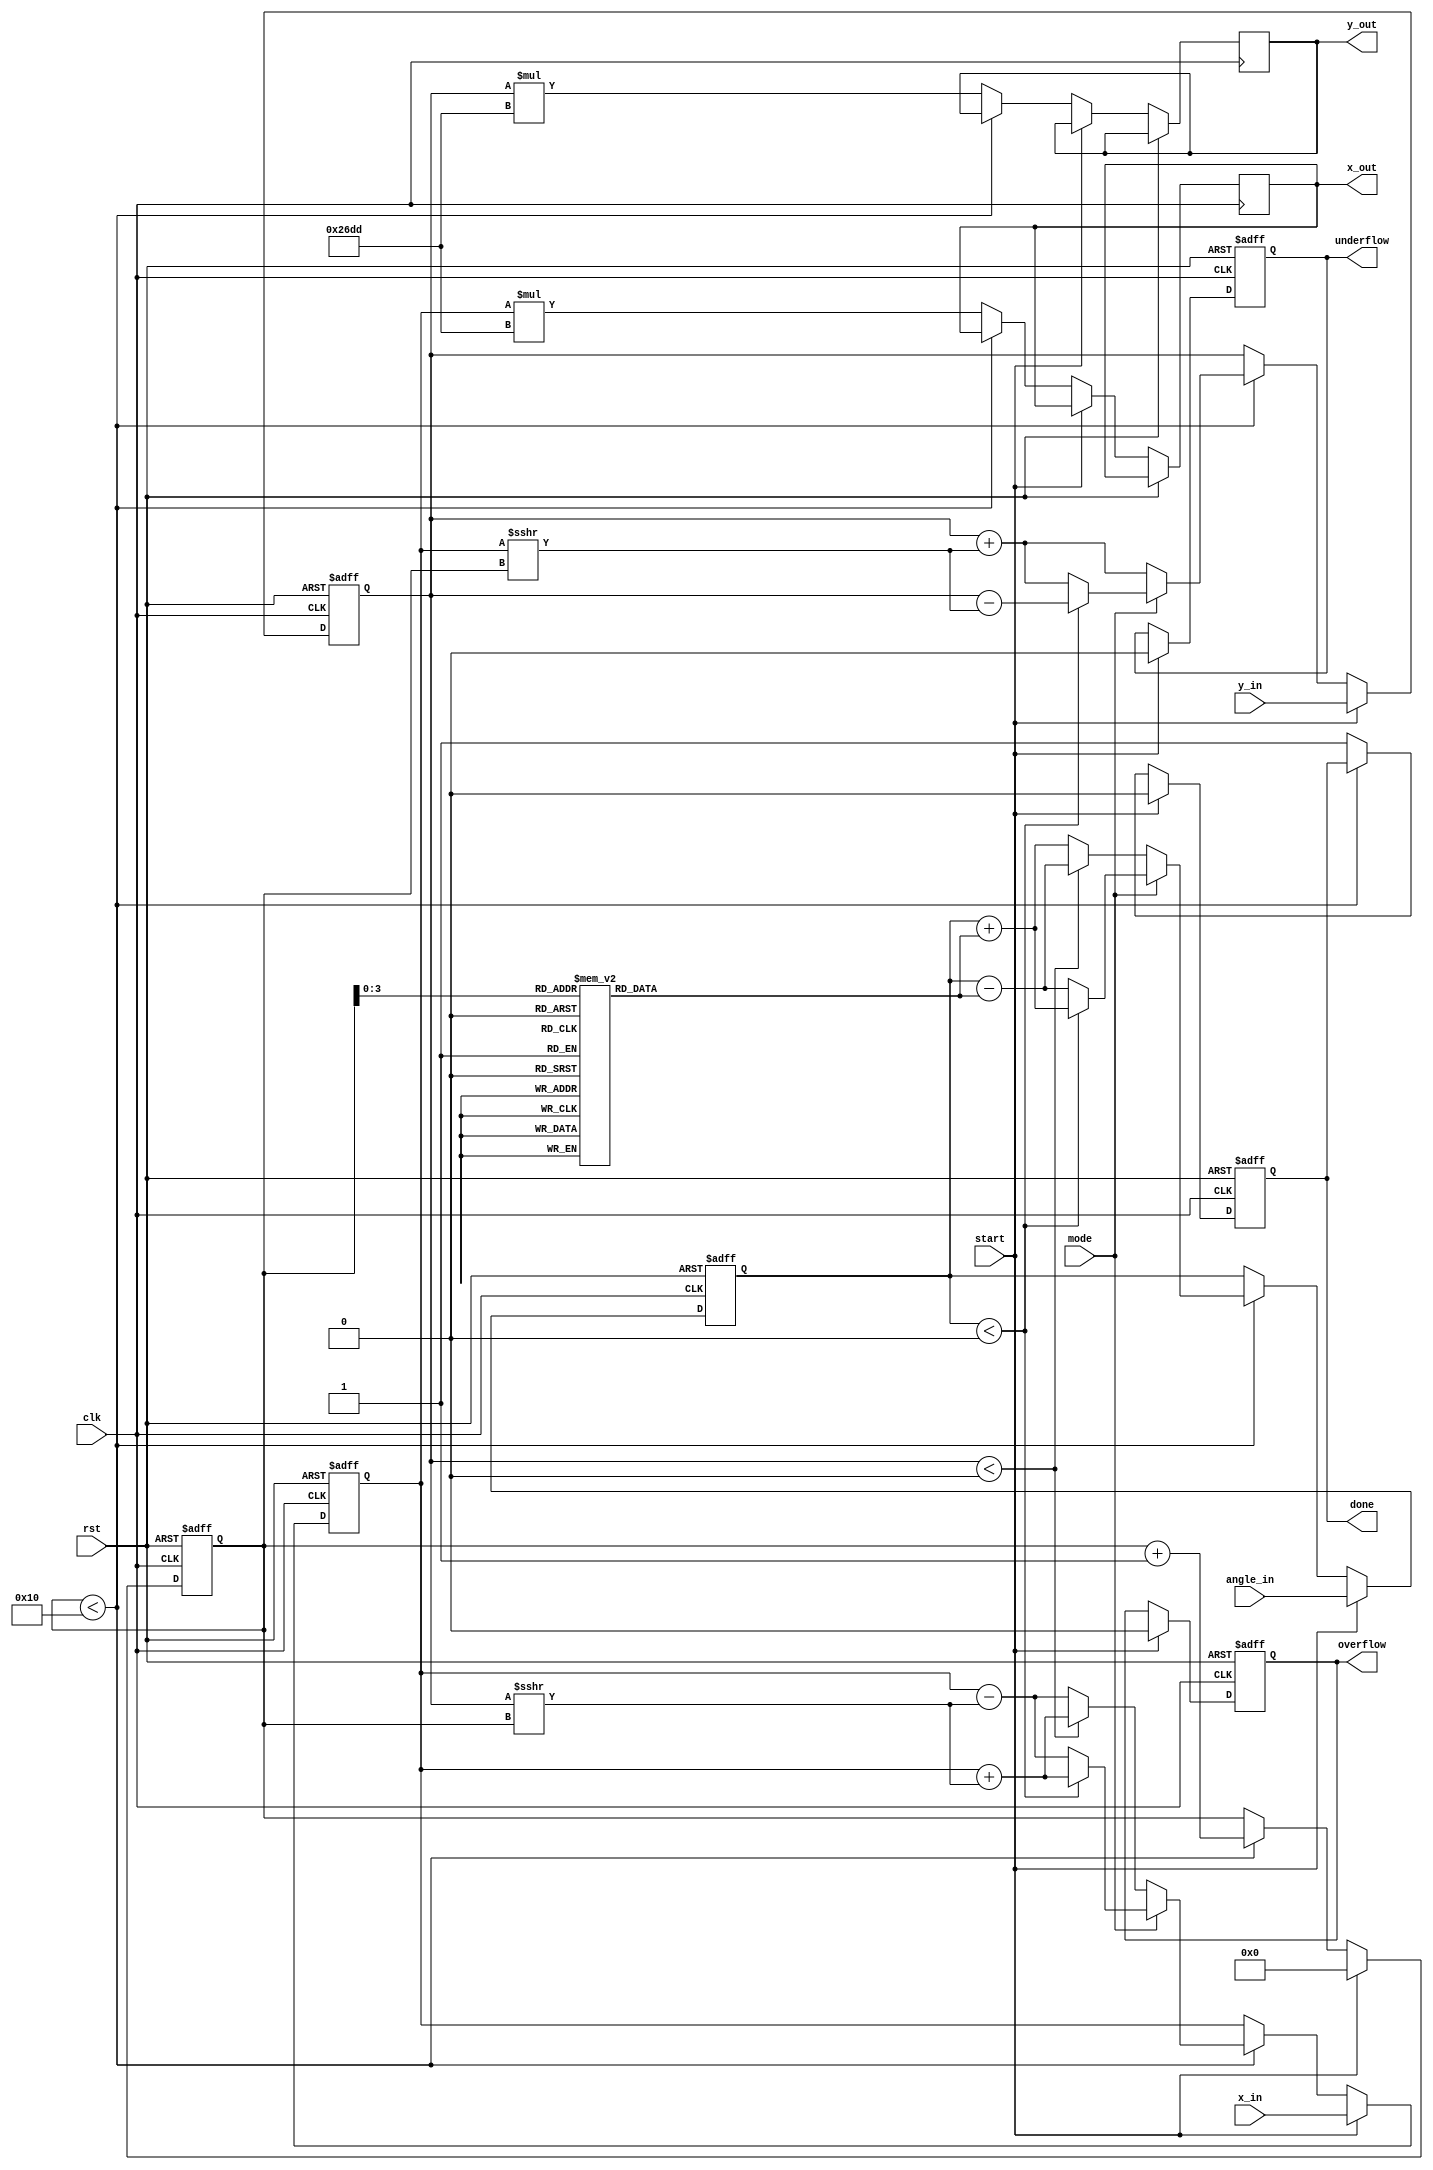
module unified_cordic #(
    parameter N = 16, // Number of iterations
    parameter WIDTH = 16 // Bit-width for fixed-point representation
)(
    input wire clk,
    input wire rst,
    input wire [WIDTH-1:0] x_in, // Input X
    input wire [WIDTH-1:0] y_in, // Input Y
    input wire [WIDTH-1:0] angle_in, // Input angle for rotation
    input wire mode, // 0 for vectoring, 1 for rotation
    input wire start, // Start signal
    output reg [WIDTH-1:0] x_out, // Output X
    output reg [WIDTH-1:0] y_out, // Output Y
    output reg done, // Done signal
    output reg overflow, // Overflow flag
    output reg underflow // Underflow flag
);

    // CORDIC gain factor
    localparam [WIDTH-1:0] K = 16'h26DD; // Approximation of 1/sqrt(1 + 2^-i) for i = 0 to N-1

    reg [WIDTH-1:0] x_reg, y_reg, angle_reg;
    reg [4:0] iteration; // Iteration counter
    reg [WIDTH-1:0] angle_table [0:N-1]; // Lookup table for atan(2^-i)

    // Initialize angle lookup table
    initial begin
        angle_table[0] = 16'h0000; // atan(1) = 0
        angle_table[1] = 16'h3C90; // atan(0.5) = 45 degrees
        angle_table[2] = 16'h3A2D; // atan(0.25) = 26.565 degrees
        // ... Fill in the rest of the table
        angle_table[N-1] = 16'h0000; // Last entry
    end

    always @(posedge clk or posedge rst) begin
        if (rst) begin
            x_reg <= 0;
            y_reg <= 0;
            angle_reg <= 0;
            iteration <= 0;
            done <= 0;
            overflow <= 0;
            underflow <= 0;
        end else if (start) begin
            x_reg <= x_in;
            y_reg <= y_in;
            angle_reg <= angle_in;
            iteration <= 0;
            done <= 0;
            overflow <= 0;
            underflow <= 0;
        end else if (iteration < N) begin
            // CORDIC iteration
            if (mode == 1'b0) begin // Vectoring mode
                if (y_reg < 0) begin
                    x_reg <= x_reg + (y_reg >>> iteration);
                    y_reg <= y_reg + (x_reg >>> iteration);
                    angle_reg <= angle_reg - angle_table[iteration];
                end else begin
                    x_reg <= x_reg - (y_reg >>> iteration);
                    y_reg <= y_reg + (x_reg >>> iteration);
                    angle_reg <= angle_reg + angle_table[iteration];
                end
            end else begin // Rotation mode
                if (angle_reg < 0) begin
                    x_reg <= x_reg + (y_reg >>> iteration);
                    y_reg <= y_reg - (x_reg >>> iteration);
                    angle_reg <= angle_reg + angle_table[iteration];
                end else begin
                    x_reg <= x_reg - (y_reg >>> iteration);
                    y_reg <= y_reg + (x_reg >>> iteration);
                    angle_reg <= angle_reg - angle_table[iteration];
                end
            end
            iteration <= iteration + 1;
        end else begin
            // Final output
            x_out <= x_reg * K; // Apply scaling factor
            y_out <= y_reg * K; // Apply scaling factor
            done <= 1;
        end
    end

endmodule